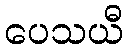
ပေသယီ